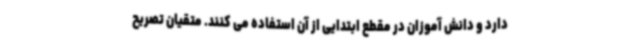
دارد و دانش آموزان در مقطع ابتدایی از آن استفاده می کنند. متقیان تصریح